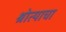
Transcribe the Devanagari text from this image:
श्रोत्याचा